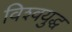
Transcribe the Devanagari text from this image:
विश्‍वयुद्ध